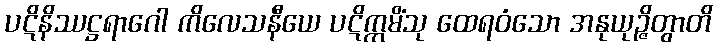
ပဋိနိဿဋ္ဌရာဂေါ ကိလေသနီယေ ပဋိက္ကမိံသု ထေရဝံသော အနုယုဉ္ဇိတွာတိ